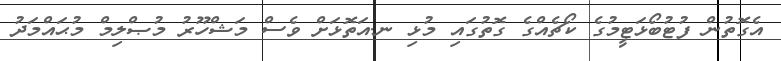
އެގޮތުން ފުޓުބޯޅަޓީމުގެ ކޯޗެއްގެ ގޮތުގައި މުޅި ނ.އަތޮޅަށް ވެސް މަޝްހޫރު މުޞްލިމް މުޙައްމަދު